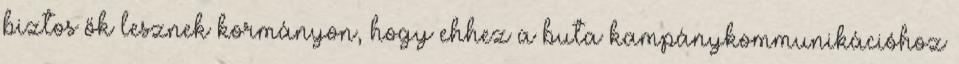
biztos ők lesznek kormányon, hogy ehhez a buta kampánykommunikációhoz